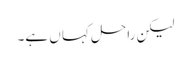
لیکن راحل کہا ں ہے۔